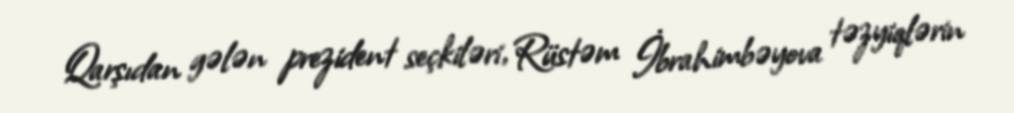
Qarşıdan gələn prezident seçkiləri, Rüstəm İbrahimbəyova təzyiqlərin